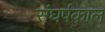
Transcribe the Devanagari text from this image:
संघर्षकाल